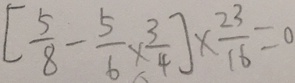
[ \frac { 5 } { 8 } - \frac { 5 } { 6 } \times \frac { 3 } { 4 } ] \times \frac { 2 3 } { 1 6 } = 0